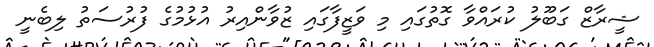
ޝީރާޒް ގަބޫލު ކުރައްވާ ގޮތުގައި މި ވަޒީފާގައި ޒުވާންއިރު އުޅުމުގެ ފުރުސަތު ލިބެނީ